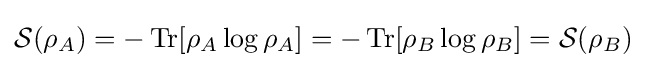
{\mathcal {S}}(\rho _{A})=-\operatorname {Tr} [\rho _{A}\operatorname {log} \rho _{A}]=-\operatorname {Tr} [\rho _{B}\operatorname {log} \rho _{B}]={\mathcal {S}}(\rho _{B})